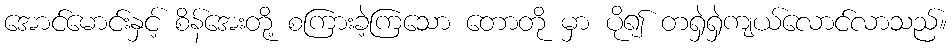
အောင်မောင်းနှင့် စိန်အေးတို့ စကြားခဲ့ကြသော တောတို မှာ ပို၍ တရှဲရှဲကျယ်လောင်လာသည်။